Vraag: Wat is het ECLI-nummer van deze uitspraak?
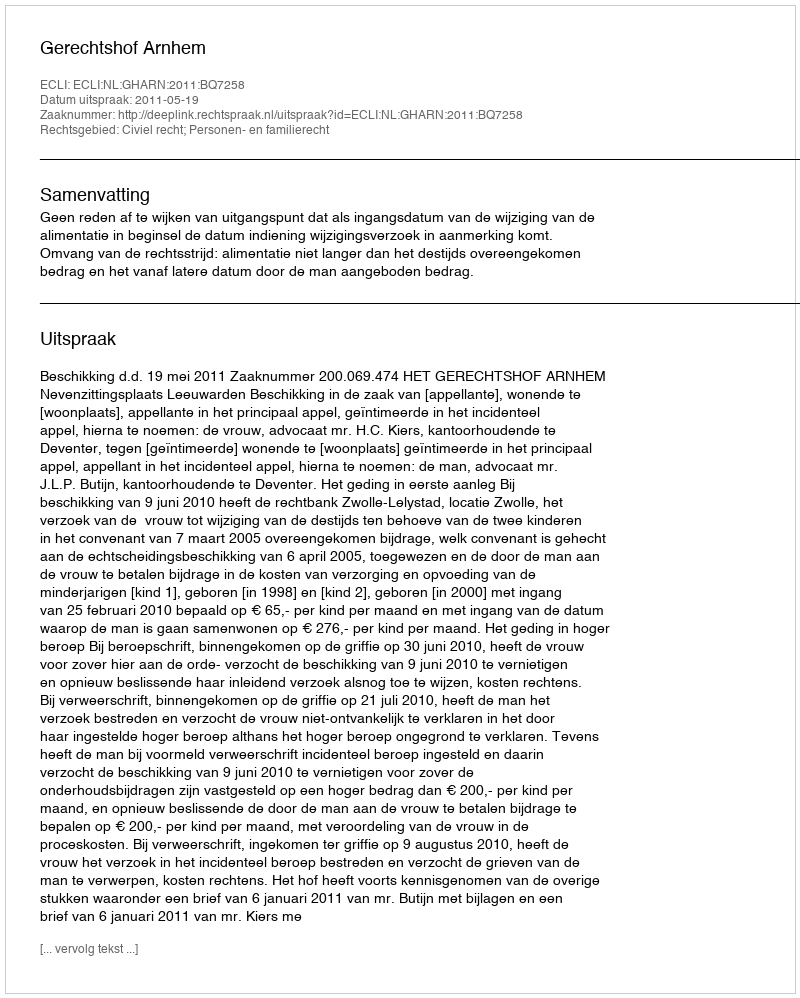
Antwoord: ECLI:NL:GHARN:2011:BQ7258